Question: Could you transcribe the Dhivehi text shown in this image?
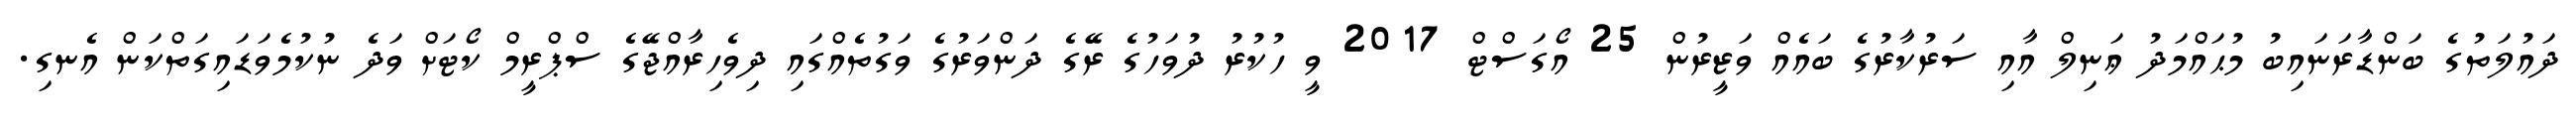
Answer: ދައުލަތުގެ ބަންޑާރަނައިބު މުޙައްމަދު ޢަނިލް އާއި ސަރުކާރުގެ ބައެއް ވަޒީރުން 25 އޯގަސްޓް 2017 ވީ ހުކުރު ދުވަހުގެ ރޭގެ ދަންވަރުގެ ވަގުތެއްގައި ދިވެހިރާއްޖޭގެ ސްޕްރީމް ކޯޓަށް ވަދެ ނުކުމެވަޑައިގަތްކަން އެނގި.